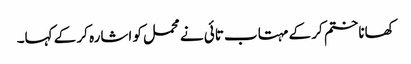
کھانا ختم کر کے مہتاب تائی نے محمل کو اشارہ کر کے کہا۔